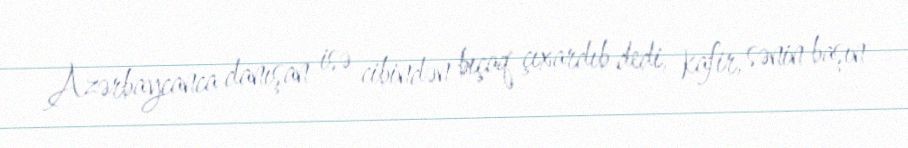
Azərbaycanca danışan isə cibindən bıçaq çıxardıb dedi, kafir, sənin başın